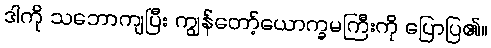
ဒါကို သဘောကျပြီး ကျွန်တော့်ယောက္ခမကြီးကို ပြောပြ၏။